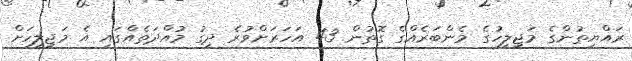
ރައްޔިތުންގެ މަޖިލީހުގެ މެންބަރެއްގެ ގޮތުން 43 އަހަރަށްވުރެ ދިގު މުއްދަތެއްގައި އެ މަޖިލީހަށް